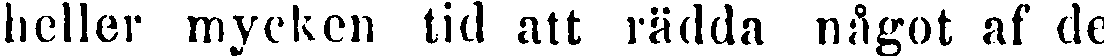
heller mycken tid att rädda något af de